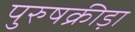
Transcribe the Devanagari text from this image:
पुरुषक्रीड़ा